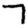
Digit: 7